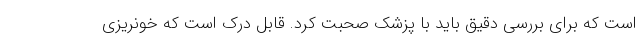
است که برای بررسی دقیق باید با پزشک صحبت کرد. قابل درک است که خونریزی